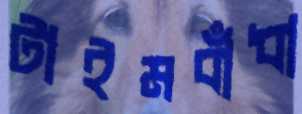
টাইমবাঁধা